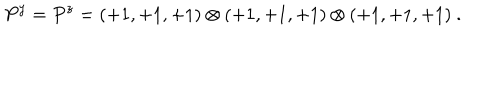
P ^ { y } = P ^ { z } = ( + 1 , + 1 , + 1 ) \otimes ( + 1 , + 1 , + 1 ) \otimes ( + 1 , + 1 , + 1 ) ~ . ~ \,